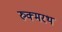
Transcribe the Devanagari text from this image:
रुक्मरथ